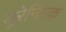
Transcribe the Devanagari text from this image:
यूरेनियक